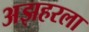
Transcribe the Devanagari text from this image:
अझहरला